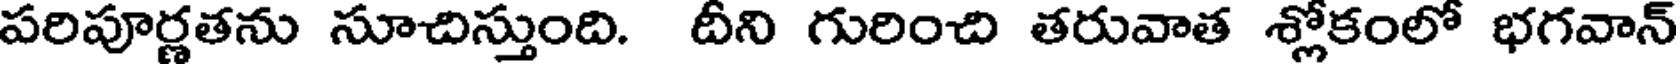
పరిపూర్ణతను సూచిస్తుంది. దీని గురించి తరువాత శ్లోకంలో భగవాన్